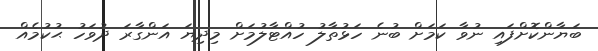
ބަޔާންކޮށްފައި ނުވާ ކަމަށް ބުނެ ހަޅުތާލު ހުއްޓާލުމަށް މިދިޔަ އަންގާރަ ދުވަހު ޙުކުމެއް